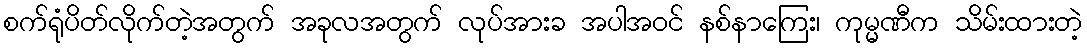
စက်ရုံပိတ်လိုက်တဲ့အတွက် အခုလအတွက် လုပ်အားခ အပါအဝင် နစ်နာကြေး၊ ကုမ္မဏီက သိမ်းထားတဲ့